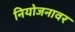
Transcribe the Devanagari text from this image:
नियोजनावर